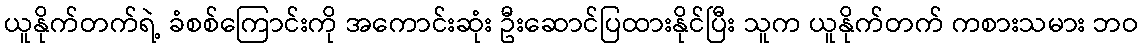
ယူနိုက်တက်ရဲ့ ခံစစ်ကြောင်းကို အကောင်းဆုံး ဦးဆောင်ပြထားနိုင်ပြီး သူက ယူနိုက်တက် ကစားသမား ဘဝ